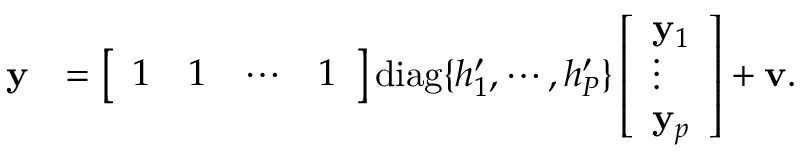
\begin{array} { r l } { \textbf y } & { = \left[ \begin{array} { l l l l } { 1 } & { 1 } & { \cdots } & { 1 } \end{array} \right] \mathrm { d i a g } \{ h _ { 1 } ^ { \prime } , \cdots , h _ { P } ^ { \prime } \} \left[ \begin{array} { l } { \mathbf { y } _ { 1 } } \\ { \vdots } \\ { \mathbf { y } _ { p } } \end{array} \right] + \textbf v . } \end{array}